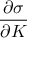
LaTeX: \frac { \partial \sigma } { \partial K }